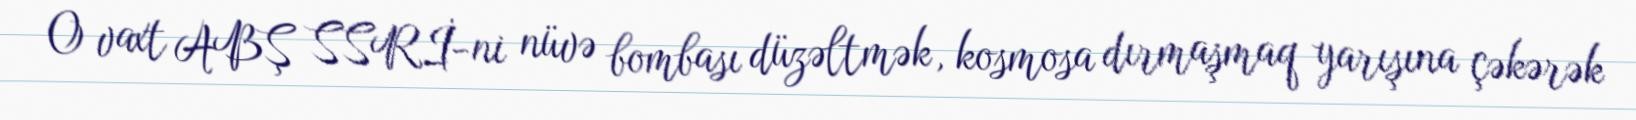
O vaxt ABŞ SSRİ-ni nüvə bombası düzəltmək, kosmosa dırmaşmaq yarışına çəkərək